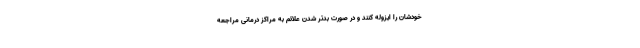
خودشان را ایزوله کنند و در صورت بدتر شدن علائم به مراکز درمانی مراجعه